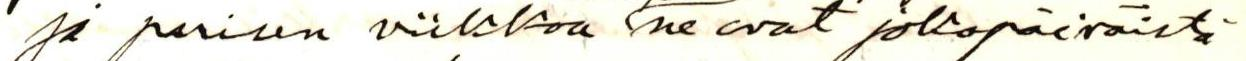
ja parisen viikkoa / ne ovat jokapäiväistä